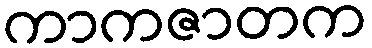
ကာကဇာတက